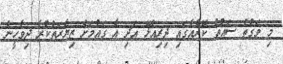
މި ވަގުތު ސައުތު ކޮރެއާގައި ދިރިއުޅޭ އަދި އެ ގައުމަށް ޒިޔާރަތްކުރާ ދިވެހީން